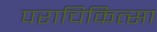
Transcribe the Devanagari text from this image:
पराचिकित्सा